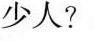
少人?